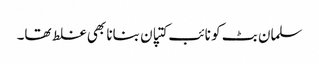
سلمان بٹ کو نائب کتپان بنانا بھی غلط تھا۔